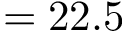
= 2 2 . 5